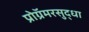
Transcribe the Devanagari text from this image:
प्रोग्रॅमरसुद्धा